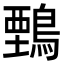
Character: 𪃋